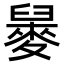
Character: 𪌲